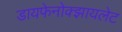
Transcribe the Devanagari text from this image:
डायफेनोक्झायलेट